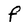
Character: f